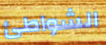
الشواطئ